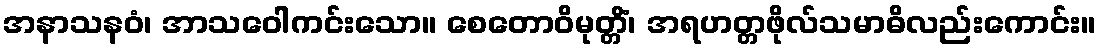
အနာသနဝံ၊ အာသဝေါကင်းသော။ စေတောဝိမုတ္တိံ၊ အရဟတ္တဖိုလ်သမာဓိလည်းကောင်း။